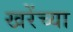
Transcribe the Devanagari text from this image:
खरेंच्या